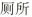
厕所